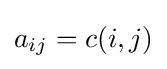
a_{ij}=c(i,j)